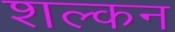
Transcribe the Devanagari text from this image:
शल्‍कन